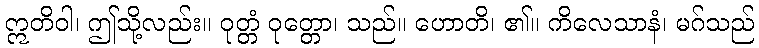
ဣတိဝါ၊ ဤသို့လည်း။ ဝုတ္တံ ဝုတ္တော၊ သည်။ ဟောတိ၊ ၏။ ကိလေသာနံ၊ မဂ်သည်